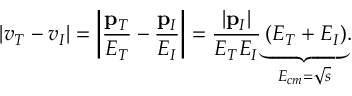
\left\vert v _ { T } - v _ { I } \right\vert = \left\vert \frac { \mathbf { p } _ { T } } { E _ { T } } - \frac { \mathbf { p } _ { I } } { E _ { I } } \right\vert = \frac { \left\vert \mathbf { p } _ { I } \right\vert } { E _ { T } E _ { I } } \underset { E _ { c m } = \sqrt { s } } { \underbrace { \left( E _ { T } + E _ { I } \right) } } .